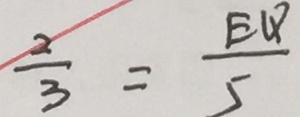
\frac { 2 } { 3 } = \frac { E Q } { 5 }